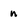
Character: n